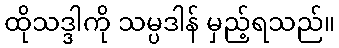
ထိုသဒ္ဒါကို သမ္ပဒါန် မှည့်ရသည်။